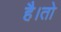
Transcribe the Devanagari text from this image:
है।तो